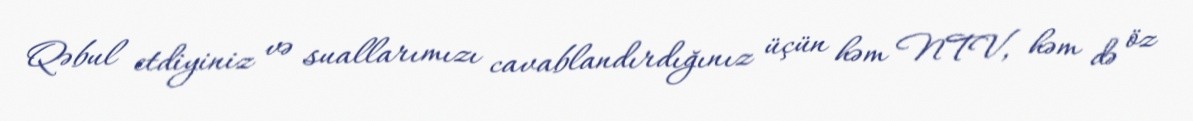
Qəbul etdiyiniz və suallarımızı cavablandırdığınız üçün həm NTV, həm də öz